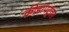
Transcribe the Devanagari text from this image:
क्रीडापटूंवर